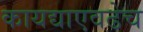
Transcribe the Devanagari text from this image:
कायद्याएवढेच